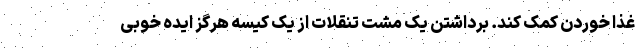
غذا خوردن کمک کند. برداشتن یک مشت تنقلات از یک کیسه هرگز ایده خوبی